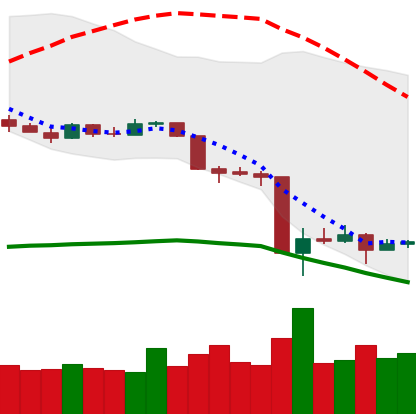
Ticker: XMR-USD
Chart end date: 2020-03-18
Forward return: 22.878%
Label: up_7plus